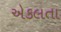
એકલતા